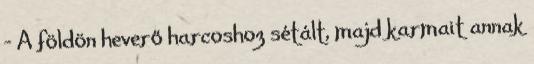
– A földön heverő harcoshoz sétált, majd karmait annak